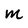
Character: m